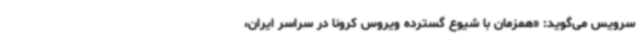
سرویس می‌گوید: «همزمان با شیوع گسترده ویروس کرونا در سراسر ایران،